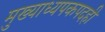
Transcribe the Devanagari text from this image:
मुख्याध्यपकपदही